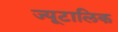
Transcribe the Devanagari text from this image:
ज्यूटालिक